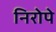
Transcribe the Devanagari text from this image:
निरोपे